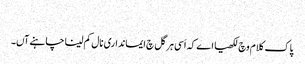
‏
پاک کلام وچ لکھیا اے کہ اَسی ہر گل چ ایمانداری نال کم لینا چاہنے آں۔